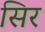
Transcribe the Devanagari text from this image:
सिर